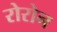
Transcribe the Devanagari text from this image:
रोरोन